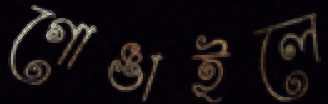
গোঙাইলে